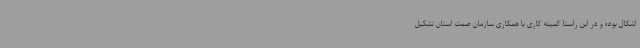
اشکال بوده و در این راستا کمیته کاری با همکاری سازمان صمت استان تشکیل